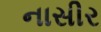
નાસીર